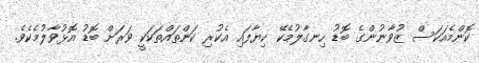
ކޮންމެއަކަސް ޒުވާނުންގެ ބޮޑު ހިނގާލުމެކޭ ކިޔާފައި އެކުރި ކަންތައްތަކަކީ ވަރަށް ބޮޑު އޮޅުވާލުމެކެވެ.